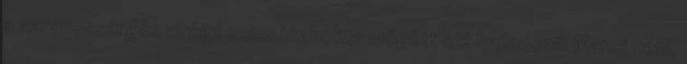
a narancssárgás virágú csicsókabokor mögött ott hajladozik Manci néni,